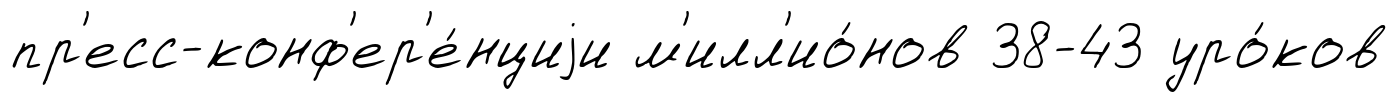
пр'есс-конф'ер'е́нциjи м'илл'ио́нов 38-43 уро́ков